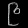
Digit: ၉